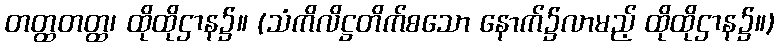
တတ္ထတတ္ထ၊ ထိုထိုဌာန၌။ (သံကိလိဋ္ဌတိက်စသော နောက်၌လာမည့် ထိုထိုဌာန၌။)